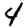
Digit: 4